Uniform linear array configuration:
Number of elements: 24
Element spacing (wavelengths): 0.25
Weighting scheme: blackman
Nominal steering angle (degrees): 30
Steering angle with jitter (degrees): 31.477
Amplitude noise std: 0.05
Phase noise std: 0.05

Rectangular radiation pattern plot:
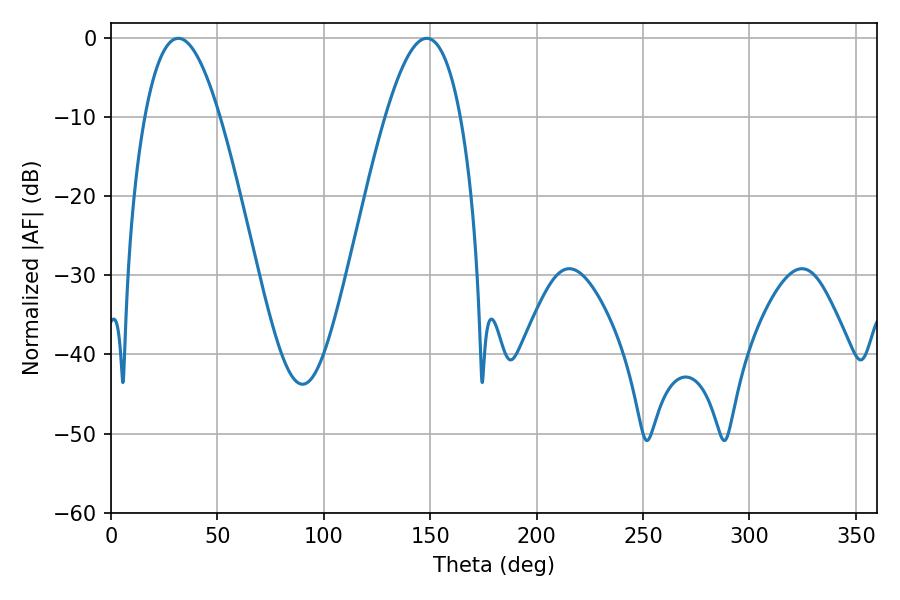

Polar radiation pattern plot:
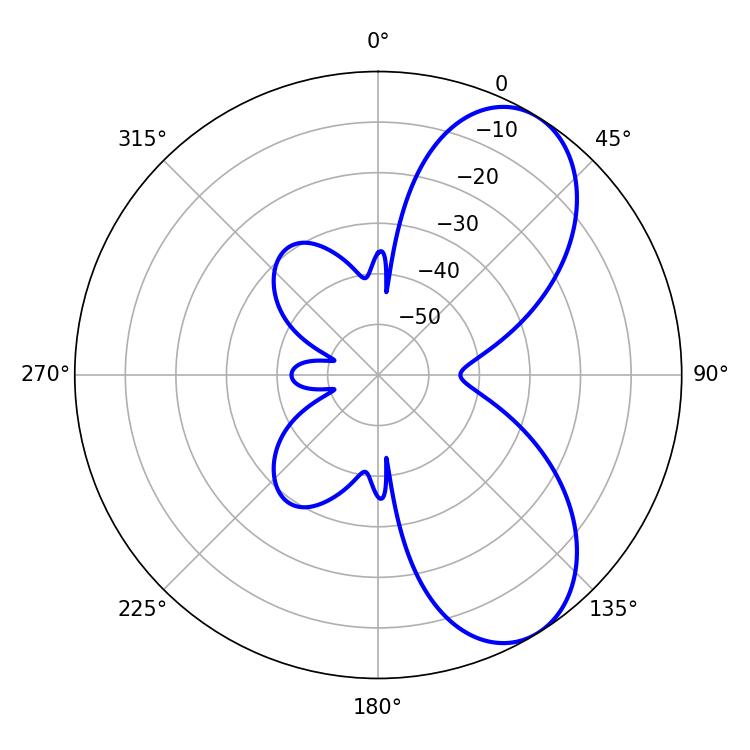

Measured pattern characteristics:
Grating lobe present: FALSE
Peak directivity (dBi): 7.116
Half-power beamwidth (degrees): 19.26
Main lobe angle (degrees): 31.68